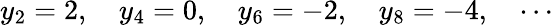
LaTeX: y_{2}=2,\quad y_{4}=0,\quad y_{6}=-2,\quad y_{8}=-4,\quad\cdots